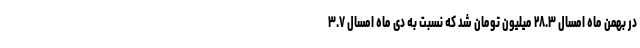
در بهمن ماه امسال ۲۸.۳ میلیون تومان شد که نسبت به دی ماه امسال ۳.۷